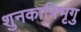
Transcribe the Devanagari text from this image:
शुनकात्रिभृगु